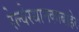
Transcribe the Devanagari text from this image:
रेल्वेस्थानकाबाहेर